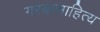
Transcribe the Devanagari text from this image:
गरबासाहित्य